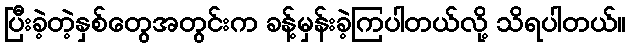
ပြီးခဲ့တဲ့နှစ်တွေအတွင်းက ခန့်မှန်းခဲ့ကြပါတယ်လို့ သိရပါတယ်။